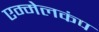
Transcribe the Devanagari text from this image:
एम्मेलकंप